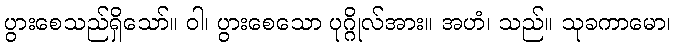
ပွားစေသည်ရှိသော်။ ဝါ၊ ပွားစေသော ပုဂ္ဂိုလ်အား။ အဟံ၊ သည်။ သုခကာမော၊